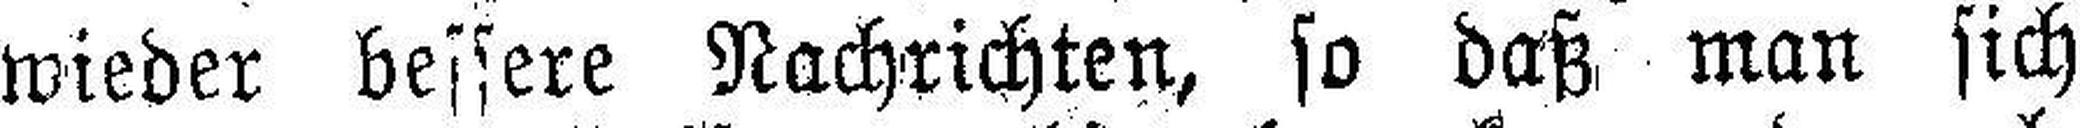
wieder bessere Nachrichten, so daß man sich